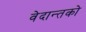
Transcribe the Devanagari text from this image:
वेदान्तकाे